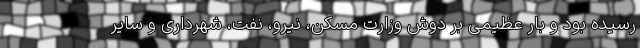
رسیده بود و بار عظیمی بر دوش وزارت مسکن، نیرو، نفت، شهرداری و سایر